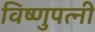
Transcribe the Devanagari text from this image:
विष्णुपत्नी